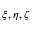
\xi , \eta , \zeta